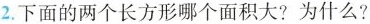
2.下面的两个长方形哪个面积大?为什么?